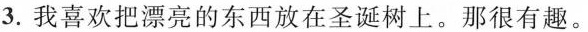
3.我喜欢把漂亮的东西放在圣诞树上。那很有趣。